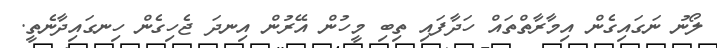
ލޯނު ނަގައިގެން އިމާރާތްތައް ހަދާފައި ތިބި މީހުން އޭރުން އިނދަ ޖެހިގެން ހިނގައިދާނެތީ.